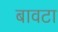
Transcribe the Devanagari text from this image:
बावटा